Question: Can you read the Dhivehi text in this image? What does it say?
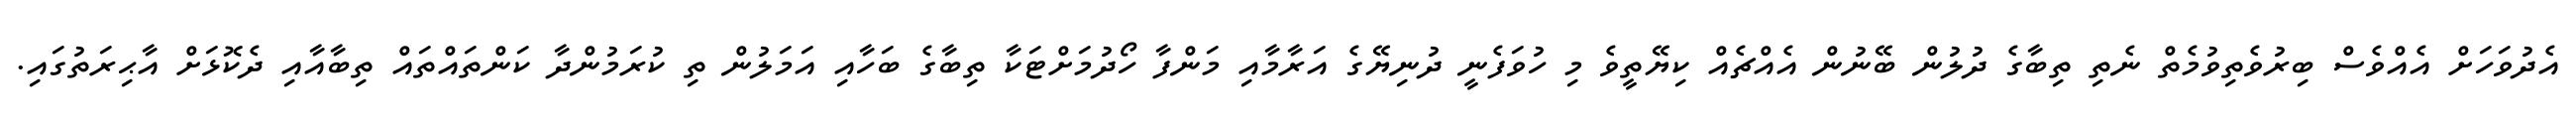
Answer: އެދުވަހަށް އެއްވެސް ބިރުވެތިވުމެތް ނެތި ތިބާގެ ދުލުން ބޭނުން އެއްޗެއް ކިޔޭތީވެ މި ހުވަފެނީ ދުނިޔޭގެ އަރާމާއި މަންފާ ހޯދުމަށްޓަކާ ތިބާގެ ބަހާއި އަމަލުން ތި ކުރަމުންދާ ކަންތައްތައް ތިބާއާއި ދެކޮޅަށް އާޙިރަތުގައި.